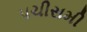
પચીસમી